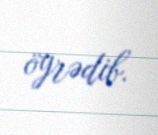
öyrədib.